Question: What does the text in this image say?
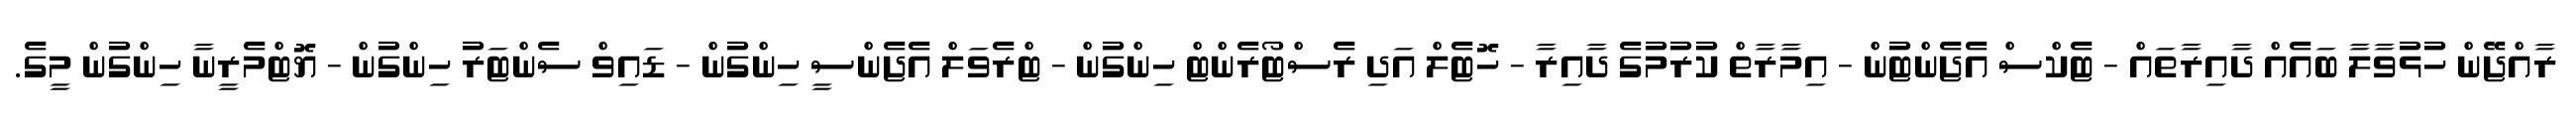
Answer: ރާއްޖޭން ހުޅުވާލާ ބައެއް ދާއިރާތައް - ޓެކްސް އެޖެންޓުން - އިމާރާތް ކުރުމުގެ ދާއިރާ - ހޮޓެލް އަދި ރެސްޓޯރެންޓް ހިންގުން - ޓްރެވަލް އެޖެންސީ ހިންގުން - ޑައިވް ސެންޓަރު ހިންގުން - ޔޮޓްމެރީނާ ހިންގުން މީގެ.